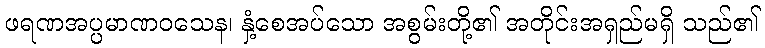
ဖရဏအပ္ပမာဏဝသေန၊ နှံ့စေအပ်သော အစွမ်းတို့၏ အတိုင်းအရှည်မရှိ သည်၏